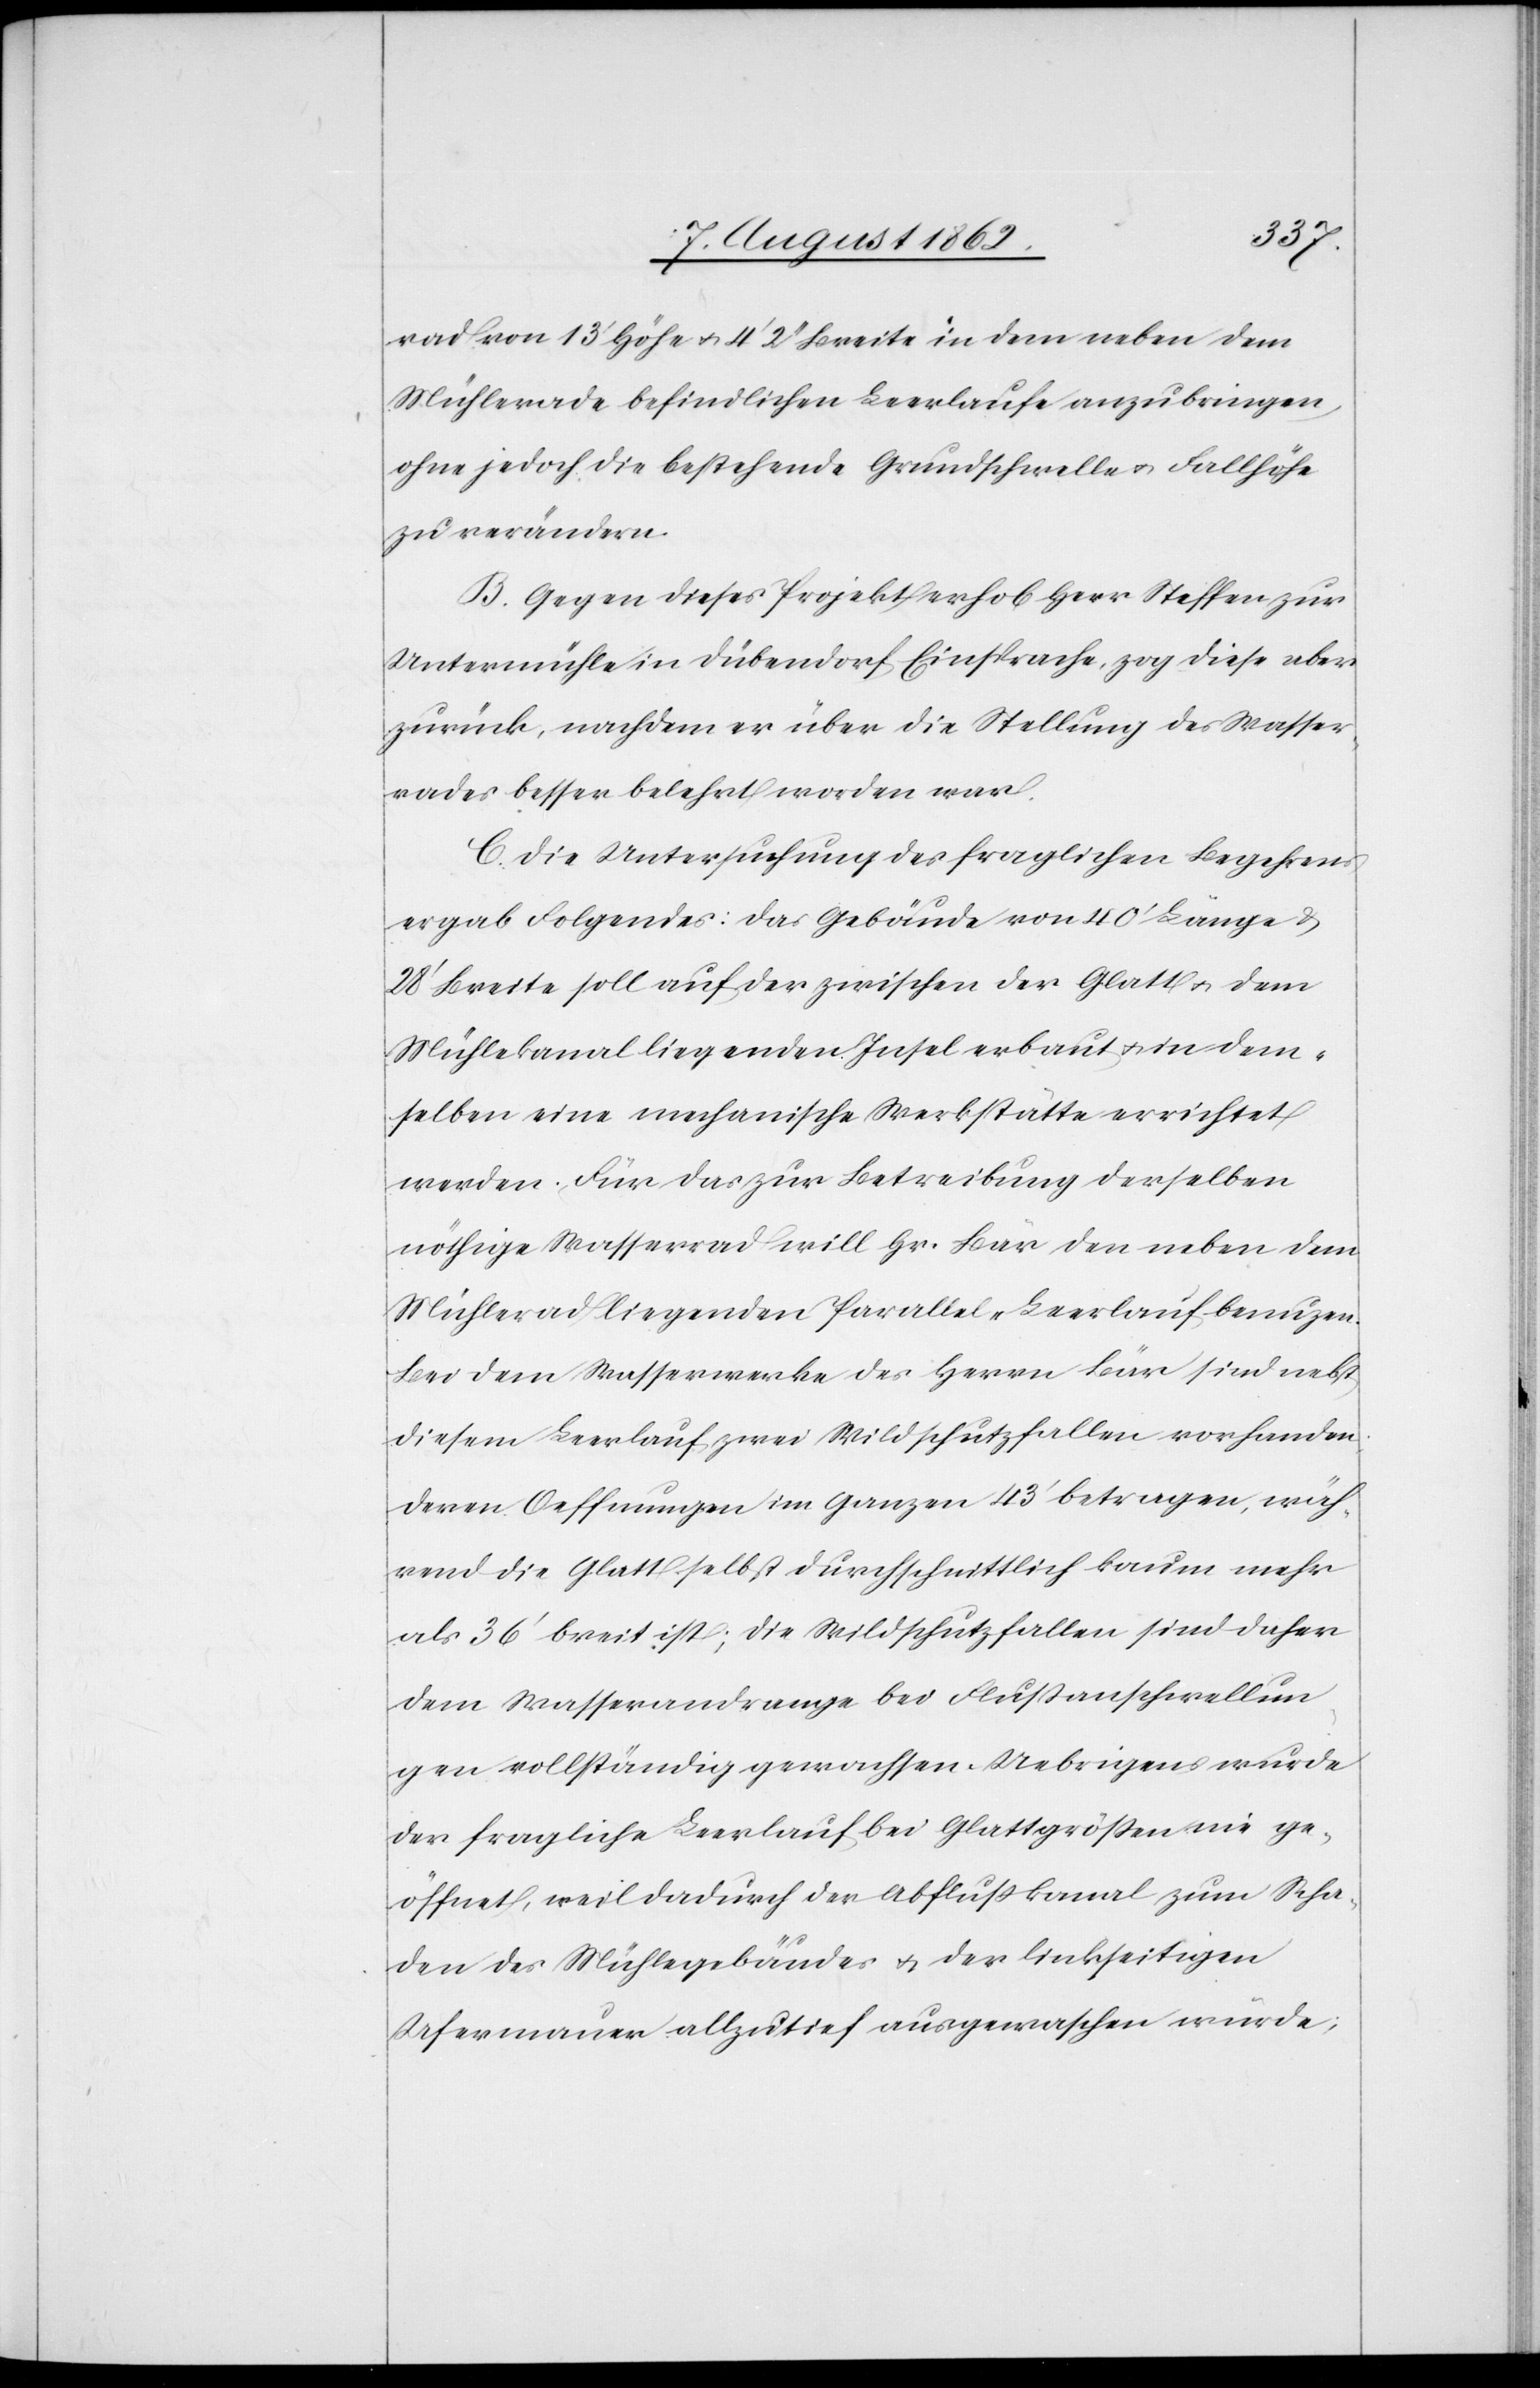
rad von 13’ Höhe u. 4’ 2’’ Breite in dem neben dem
Mühlerade befindlichen Leerlaufe anzubringen,
ohne jedoch die bestehende Grundschwelle u. Fallhöhe
zu verändern.
B. Gegen dieses Projekt erhob Herr Steffen zur
Untermühle in Dübendorf Einsprache, zog diese aber
zurück, nachdem er über die Stellung des Wasser¬
rades besser belehrt worden war.
C. Die Untersuchung des fraglichen Begehrens
ergab Folgendes: Das Gebäude von 40’ Länge u.
28’ Breite soll auf der zwischen der Glatt u. dem
Mühlekanal liegenden Insel erbaut u. in dem¬
selben eine mechanische Werkstätte errichtet
werden. Für das zur Betreibung derselben
nöthige Wasserrad will Hr. Bär den neben dem
Mühlerad liegenden Parallel-Leerlauf benuzen.
Bei dem Wasserwerke des Herrn Bär sind nebst
diesem Leerlauf zwei Wildschutzfallen vorhanden,
deren Oeffnungen im Ganzen 43’ betragen, wäh¬
rend die Glatt selbst durchschnittlich kaum mehr
als 36’ breit ist; die Wildschutzfallen sind daher
dem Wasserandrange bei Flußanschwellun¬
gen vollständig gewachsen. Uebrigens wurde
der fragliche Leerlauf bei Glattgrößen nie ge¬
öffnet, weil dadurch der Abflußkanal zum Scha¬
den des Mühlegebäudes u. der linkseitigen
Ufermauer allzutief ausgewaschen würde;